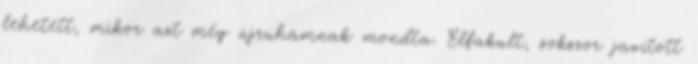
lehetett, mikor azt még újruhámnak mondta. Elfakult, sokszor javított